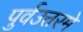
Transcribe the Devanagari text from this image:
पुर्वउत्तरमे